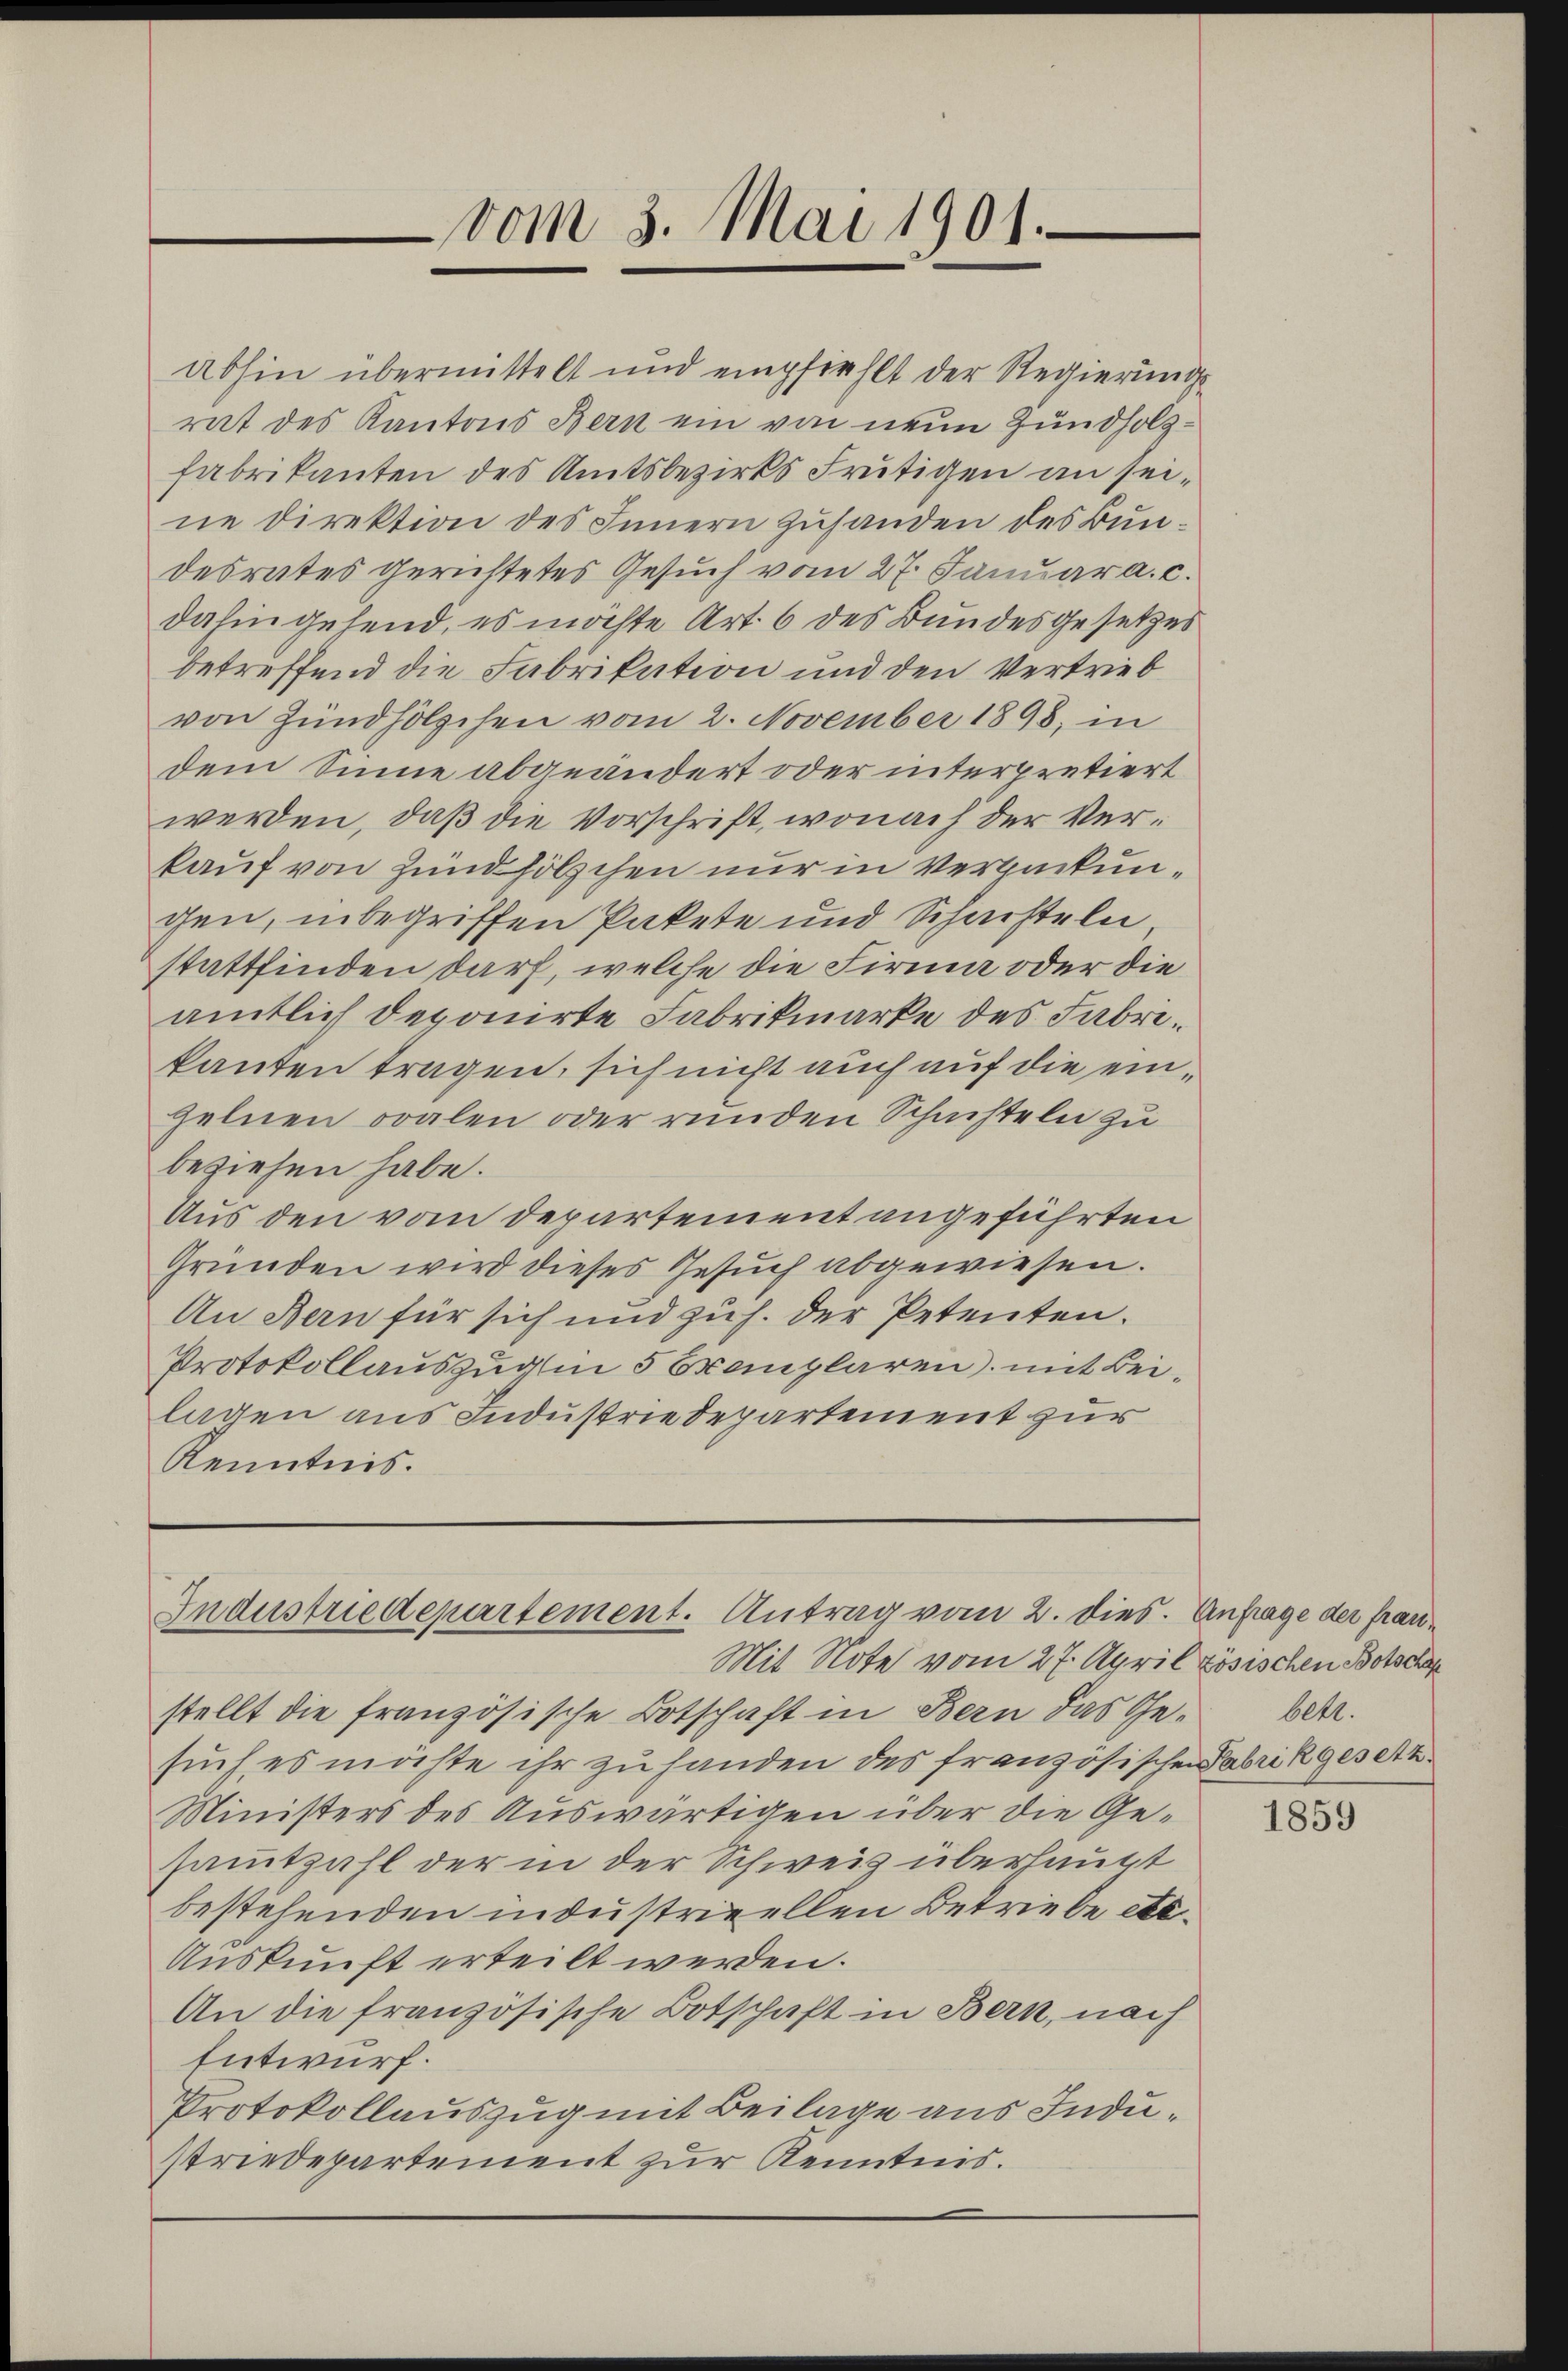
vom 3. Mai 1901.

Abhin übermittelt und empfiehlt der Regierungs
rat des Kantons Bern ein von neun Zundholzfabrikanten des Amtsbezirks Frutigen an seine Direktion des Innern zuhanden des Bundesrates gerichtetes Gesuch vom 27. Januar a. c.
dahin gehend, es möchte Art. 6 des Bundesgesetzes
betreffend die Fabrikation und den Vertrieb
von Zündhölzchen vom 2. November 1898, in
dem Sinne abgeändert oder interpretiert
werden, daß die Vorschrift, wonach der Verkauf von Zündhölzchen nur in Verpackungen, inbegriffen Pakete und Schachteln
stattfinden darf, welche die Firma oder die
amtlich deponirte Fabrikmarke des Fabrikanten tragen, sich nicht auch auf die einzelnen oralen oder runden Schüchteln zu
beziehen habe.
Aus den vom Departement angeführten
Gründen wird dieses Gesuch abgewiesen.
An Bern für sich und zu h. der Petenten.
Protokollauszug in 5 Exemplaren, mit Beilagen aus Industrie Departement zur
Kenntnis.

Industriedepartement. Antrag vom 2. dies. Anfrage der fran¬
Mit Note vom 27. April zösischen Botschen

stellt die französische Botschaft in Bern das Ge- betr.
sŭch, es möchte ihr zu handen des französischen Fabrikgesetz
Ministers des Auswärtigen über die Gesammtzahl der in der Schweiz überhaupt
bestehenden industrieellen Betriebe etc.
Auskunft erteilt werden.
An die französische Botschaft in Bern, nach
Entwurf:
Protokollauszug mit Beilage aus Industriedepartement zur Kenntnis.

1859